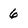
Character: 6